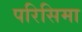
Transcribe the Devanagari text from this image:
परिसिमा